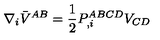
\nabla _ { i } \bar { V } ^ { A B } = { \frac { 1 } { 2 } } P _ { , i } ^ { A B C D } V _ { C D }